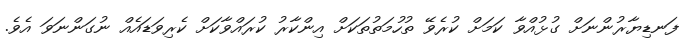
ފަނޑިޔާރުންނަށް ގުޅުއްވާ ކަމަށް ކުރެވޭ ތުހުމަތުތަކަށް އިންކާރު ކުރައްވާކަށް ކެރިވަޑައެއް ނުގަންނަވަ އެވެ.